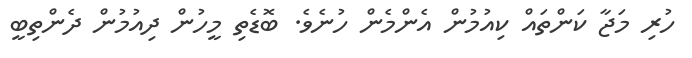
ހުރި މަޖާ ކަންތައް ކިއުމުން އެންމެން ހުނެވެ. ބޮޑެތި މީހުން ދިއުމުން ދެންތިބީ